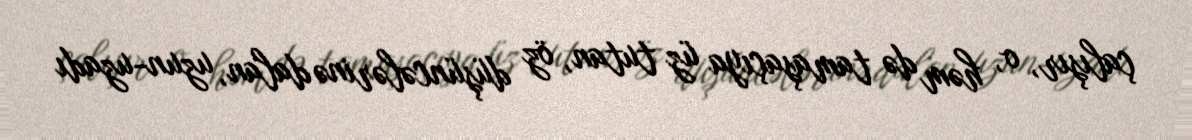
çalışır, o, həm də tamaşaçıya üz tutan, öz düşüncələrinə dalan, uzun-uzadı